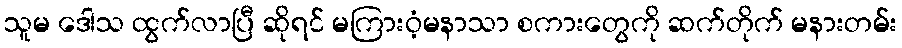
သူမ ဒေါသ ထွက်လာပြီ ဆိုရင် မကြားဝံ့မနာသာ စကားတွေကို ဆက်တိုက် မနားတမ်း